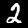
Label: 2